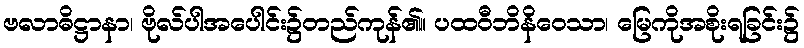
ဗလာဓိဋ္ဌာနာ၊ ဗိုလ်ပါအပေါင်း၌တည်ကုန်၏။ ပထဝီဘိနိဝေသာ၊ မြေကိုအစိုးရခြင်း၌